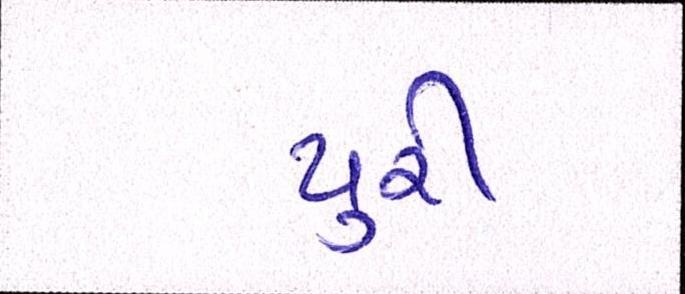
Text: યુરી